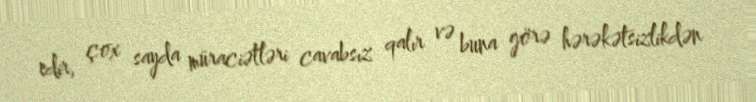
edir, çox sayda müraciətləri cavabsız qalır və buna görə hərəkətsizlikdən